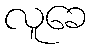
လူခေ